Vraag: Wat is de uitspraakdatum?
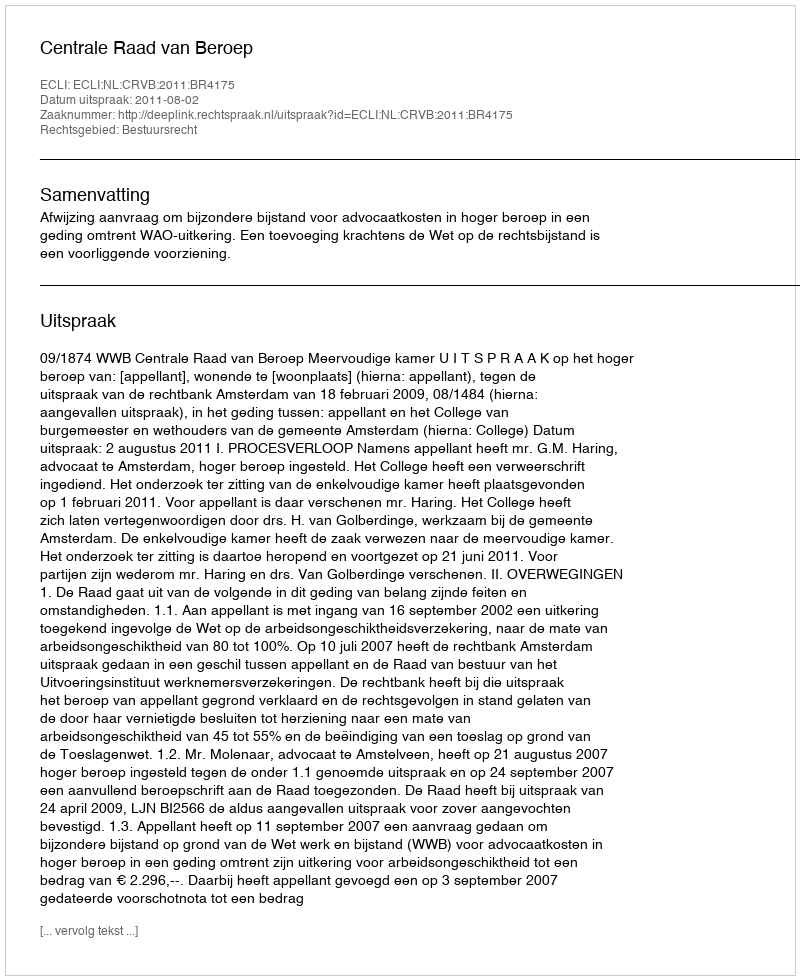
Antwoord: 2011-08-02